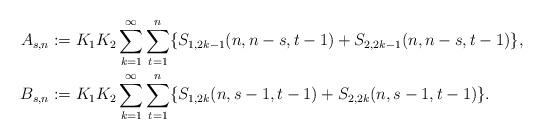
LaTeX: \begin{align*}A_{s,n} &:= K_1 K_2 \sum_{k=1}^{\infty} \sum_{t=1}^{n} \{ S_{1,2k-1}(n,n-s,t-1) + S_{2,2k-1}(n,n-s,t-1)\},\\B_{s,n} &:= K_1 K_2 \sum_{k=1}^{\infty} \sum_{t=1}^{n} \{ S_{1,2k}(n,s-1,t-1) + S_{2,2k}(n,s-1,t-1)\}.\end{align*}